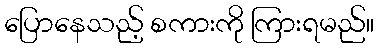
ပြောနေသည့် စကားကို ကြားရမည်။